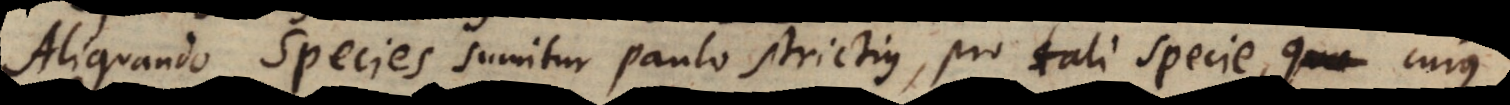
Aliquando Species sumitur paulo strictius, pro tali specie, cujus